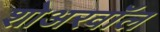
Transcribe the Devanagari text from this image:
शोअरवॉल